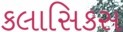
કલાસિકસ